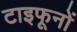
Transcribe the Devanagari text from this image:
टाइफूनों